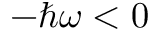
- \hbar \omega < 0